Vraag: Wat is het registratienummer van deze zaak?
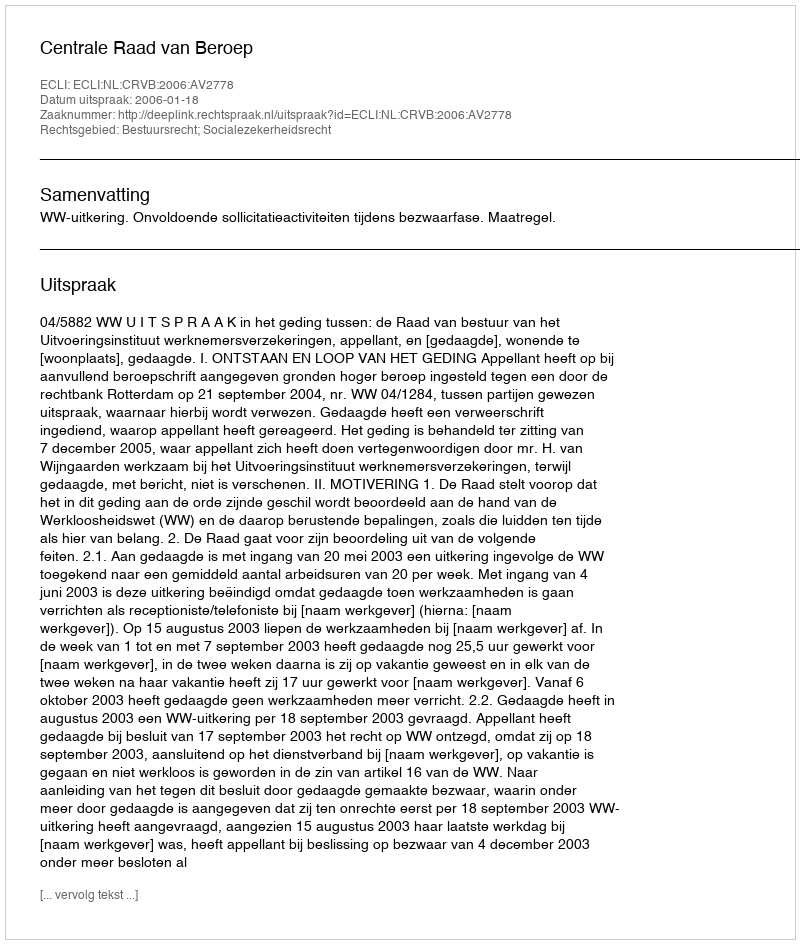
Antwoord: http://deeplink.rechtspraak.nl/uitspraak?id=ECLI:NL:CRVB:2006:AV2778